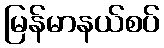
မြန်မာနယ်စပ်